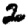
Digit: 2